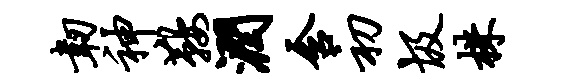
韧神鞍润含初圾株